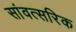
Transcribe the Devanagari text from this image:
सांवत्सरिक